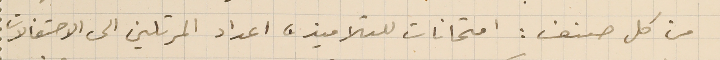
من كل صنف: امتحانات للتلاميذه اعداد المرتلين الى الاحتفالات